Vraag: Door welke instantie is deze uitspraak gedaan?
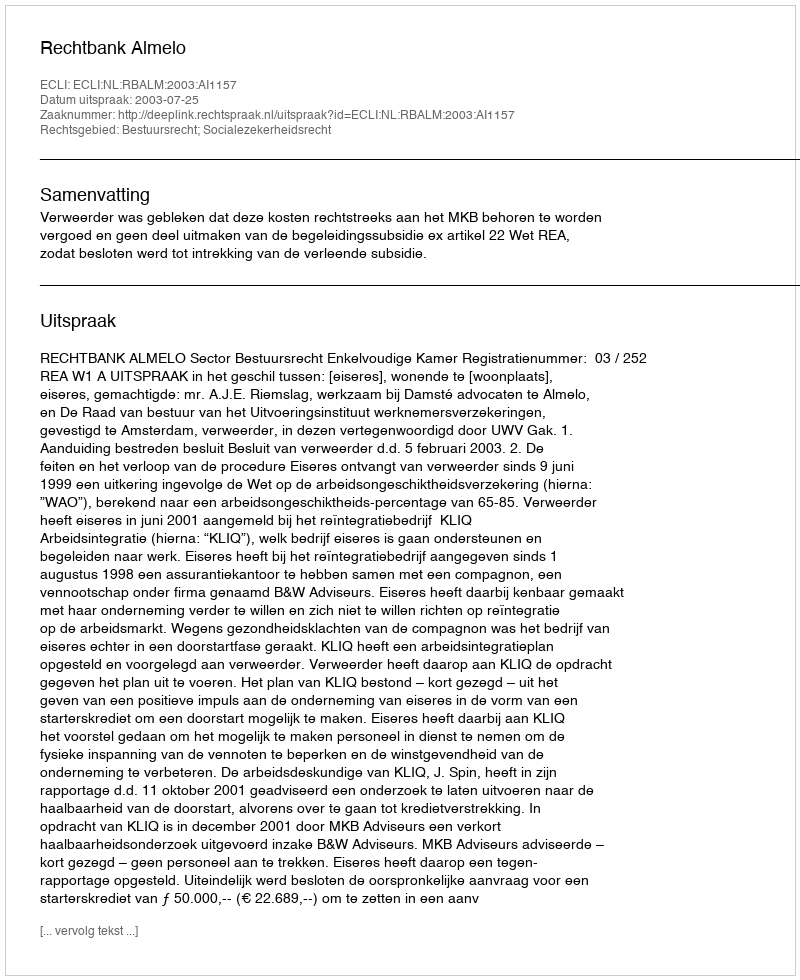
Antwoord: Rechtbank Almelo